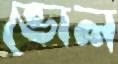
ভোল